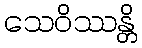
သေဝိဿန္တိ